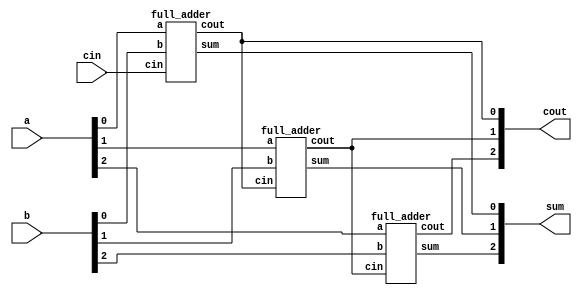
module top_module( 
    input [2:0] a, b,
    input cin,
    output [2:0] cout,
    output [2:0] sum );

    full_adder ad0(.a(a[0]), .b(b[0]), .cin(cin), .cout(cout[0]), .sum(sum[0]));
    full_adder ad1(.a(a[1]), .b(b[1]), .cin(cout[0]), .cout(cout[1]), .sum(sum[1]));
    full_adder ad2(.a(a[2]), .b(b[2]), .cin(cout[1]), .cout(cout[2]), .sum(sum[2]));
endmodule

module full_adder( 
    input a, b, cin,
    output cout, sum );

    assign sum = a ^ b ^ cin;
    assign cout = (a&b)|(b&cin)|(a&cin);
endmodule